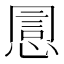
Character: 𢝯